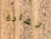
نشارك